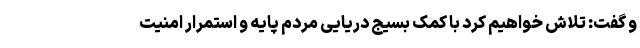
و گفت: تلاش خواهیم کرد با کمک بسیج دریایی مردم پایه و استمرار امنیت